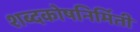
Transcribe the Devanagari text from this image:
शब्दकोषनिर्मिती